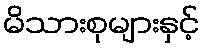
မိသားစုများနှင့်